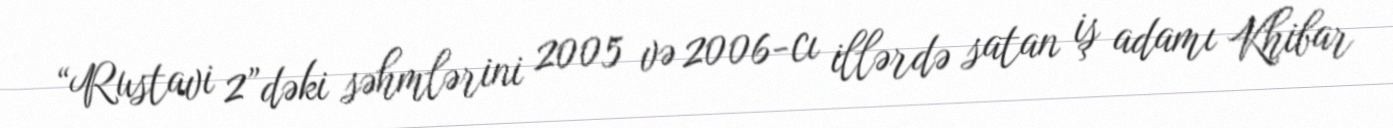
“Rustavi 2”dəki səhmlərini 2005 və 2006-cı illərdə satan iş adamı Khibar